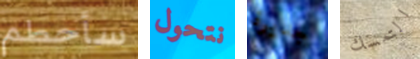
سأحطم نتحول جديرة التمسك